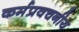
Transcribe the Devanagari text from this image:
कर्मप्रवचनीय